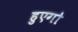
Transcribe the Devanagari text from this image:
हुएगो